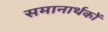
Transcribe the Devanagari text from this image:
समानार्थकों